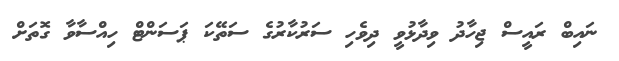
ނައިބް ރައީސް ޖިހާދު ވިދާޅުވީ ދިވެހި ސަރުކާރުގެ ސަތޭކަ ޕަސަންޓް ހިއްސާވާ ގޮތަށް